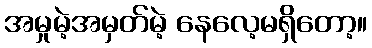
အမှုမဲ့အမှတ်မဲ့ နေလေ့မရှိတော့။